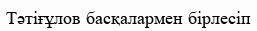
Тәтіғұлов басқалармен бірлесіп